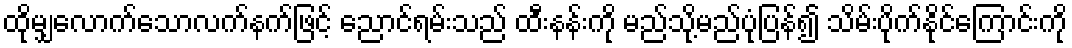
ထိုမျှလောက်သောလက်နက်ဖြင့် ညောင်ရမ်းသည် ထီးနန်းကို မည်သို့မည်ပုံပြန်၍ သိမ်းပိုက်နိုင်ကြောင်းကို